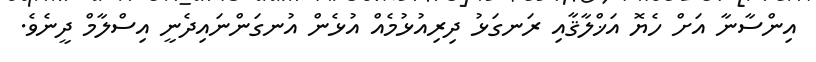
އިންސާނާ އަށް ހެޔޮ އަޚްލާޤާއި ރަނގަޅު ދިރިއުޅުމެއް އުޅެން އުނގަންނައިދެނީ އިސްލާމް ދީނެވެ.